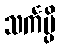
သင်္ကမ္ပိ